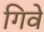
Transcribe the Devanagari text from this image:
गिवे